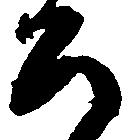
公